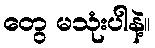
တွေ မသုံးပါနဲ့။